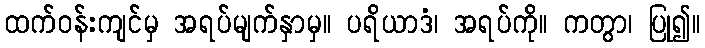
ထက်ဝန်းကျင်မှ အရပ်မျက်နှာမှ။ ပရိယာဒံ၊ အရပ်ကို။ ကတွာ၊ ပြု၍။